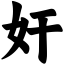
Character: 奸